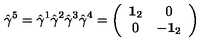
\hat { \gamma } ^ { 5 } = \hat { \gamma } ^ { 1 } \hat { \gamma } ^ { 2 } \hat { \gamma } ^ { 3 } \hat { \gamma } ^ { 4 } = \left( \begin{array} { c c } { { \bf 1 } _ { 2 } } & { 0 } \\ { 0 } & { - { \bf 1 } _ { 2 } } \\ \end{array} \right)